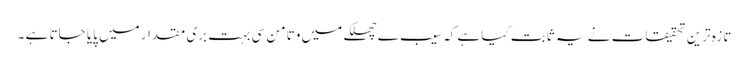
تازہ ترین تحقیقات نے یہ ثابت کیا ہے کہ سیب ے چھلکے میں وتامن سی بہت بری مقدار میں پایا جاتا ہے ۔